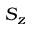
S _ { z }